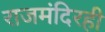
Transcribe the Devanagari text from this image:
राजमंदिरही